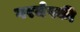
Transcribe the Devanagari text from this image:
गरजेपकी